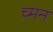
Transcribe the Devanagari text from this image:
च्मन